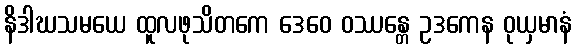
နိဒါဃသမယေ ထူလဖုသိတကေ ဒေဝေ ဝဿန္တေ ဥဒကေန ဝုယှမာနံ